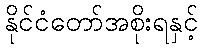
နိုင်ငံတော်အစိုးရနှင့်